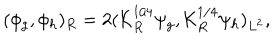
( \phi _ { g } , \phi _ { h } ) _ { R } = 2 ( { \cal K } _ { R } ^ { 1 / 4 } \psi _ { g } , { \cal K } _ { R } ^ { 1 / 4 } \psi _ { h } ) _ { L ^ { 2 } } ,